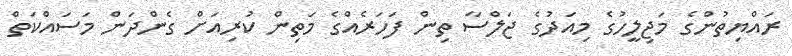
ރައްޔިތުންގެ މަޖިލީހުގެ މިއަދުގެ ޖަލްސާ ތިން ފަހަރެއްގެ މަތިން ކުރިއަށް ގެންދަން މަސައްކަތް